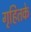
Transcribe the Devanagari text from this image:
गृहितके